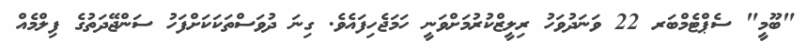
"ބޫމީ" ސެޕްޓެމްބަރ 22 ވަނަދުވަހު ރިލީޒްކުރުމަށްވަނީ ހަމަޖެހިފައެވެ. ގިނަ ދުވަސްތަކަކަށްފަހު ސަންޖޭދަތުގެ ފިލްމެއް